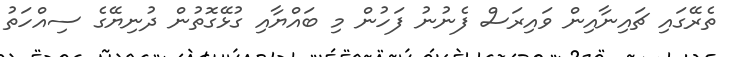
ތެރޭގައި ޗައިނާއިން ވައިރަސް ފެނުނު ފަހުން މި ބައްޔާއި ގުޅޭގޮތުން ދުނިޔޭގެ ސިއްހަތު